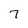
Character: 7